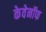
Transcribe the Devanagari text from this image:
केवेनॉफ